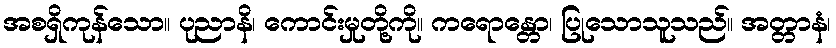
အစရှိကုန်သော။ ပုညာနိ၊ ကောင်းမှုတို့ကို။ ကရောန္တော၊ ပြုသောသူသည်။ အတ္တာနံ၊